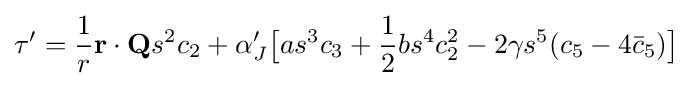
\tau '={\frac {1}{r}}\mathbf {r} \cdot \mathbf {Q} s^{2}c_{2}+\alpha _{J}'{\big [}as^{3}c_{3}+{\frac {1}{2}}bs^{4}c_{2}^{2}-2\gamma s^{5}(c_{5}-4{\bar {c}}_{5}){\big ]}